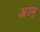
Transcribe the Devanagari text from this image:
अय्न